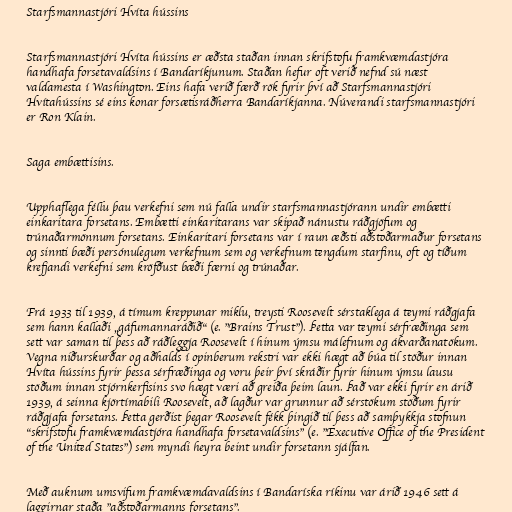
Starfsmannastjóri Hvíta hússins

Starfsmannastjóri Hvíta hússins er æðsta staðan innan skrifstofu framkvæmdastjóra
handhafa forsetavaldsins í Bandaríkjunum. Staðan hefur oft verið nefnd sú næst
valdamesta í Washington. Eins hafa verið færð rök fyrir því að Starfsmannastjóri
Hvítahússins sé eins konar forsætisráðherra Bandaríkjanna. Núverandi starfsmannastjóri
er Ron Klain.

Saga embættisins.

Upphaflega féllu þau verkefni sem nú falla undir starfsmannastjórann undir embætti
einkaritara forsetans. Embætti einkaritarans var skipað nánustu ráðgjöfum og
trúnaðarmönnum forsetans. Einkaritari forsetans var í raun æðsti aðstoðarmaður forsetans
og sinnti bæði persónulegum verkefnum sem og verkefnum tengdum starfinu, oft og tíðum
krefjandi verkefni sem kröfðust bæði færni og trúnaðar.

Frá 1933 til 1939, á tímum kreppunar miklu, treysti Roosevelt sérstaklega á teymi ráðgjafa
sem hann kallaði „gáfumannaráðið“ (e. "Brains Trust"). Þetta var teymi sérfræðinga sem
sett var saman til þess að ráðleggja Roosevelt í hinum ýmsu málefnum og ákvarðanatökum.
Vegna niðurskurðar og aðhalds í opinberum rekstri var ekki hægt að búa til stöður innan
Hvíta hússins fyrir þessa sérfræðinga og voru þeir því skráðir fyrir hinum ýmsu lausu
stöðum innan stjórnkerfisins svo hægt væri að greiða þeim laun. Það var ekki fyrir en árið
1939, á seinna kjörtímabili Roosevelt, að lagður var grunnur að sérstökum stöðum fyrir
ráðgjafa forsetans. Þetta gerðist þegar Roosevelt fékk þingið til þess að samþykkja stofnun
"skrifstofu framkvæmdastjóra handhafa forsetavaldsins" (e. "Executive Office of the President
of the United States") sem myndi heyra beint undir forsetann sjálfan.

Með auknum umsvifum framkvæmdavaldsins í Bandaríska ríkinu var árið 1946 sett á
laggirnar staða "aðstoðarmanns forsetans".